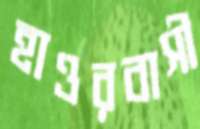
হাওরবাসী